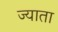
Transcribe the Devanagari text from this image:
ज्याता